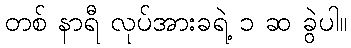
တစ် နာရီ လုပ်အားခရဲ့ ၁ ဆ ခွဲပါ။